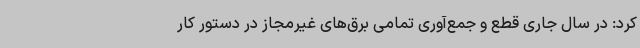
کرد: در سال جاری قطع و جمع‌آوری تمامی برق‌های غیرمجاز در دستور کار